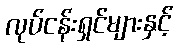
လုပ်ငန်းရှင်များနှင့်